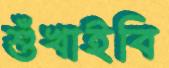
শুঁখাইবি